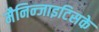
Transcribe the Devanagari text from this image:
मैनिन्जाइटिसके